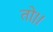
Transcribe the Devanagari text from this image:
तो।।